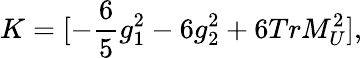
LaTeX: K=[-\frac{6}{5}g_{1}^{2}-6g_{2}^{2}+6TrM_{U}^{2}],